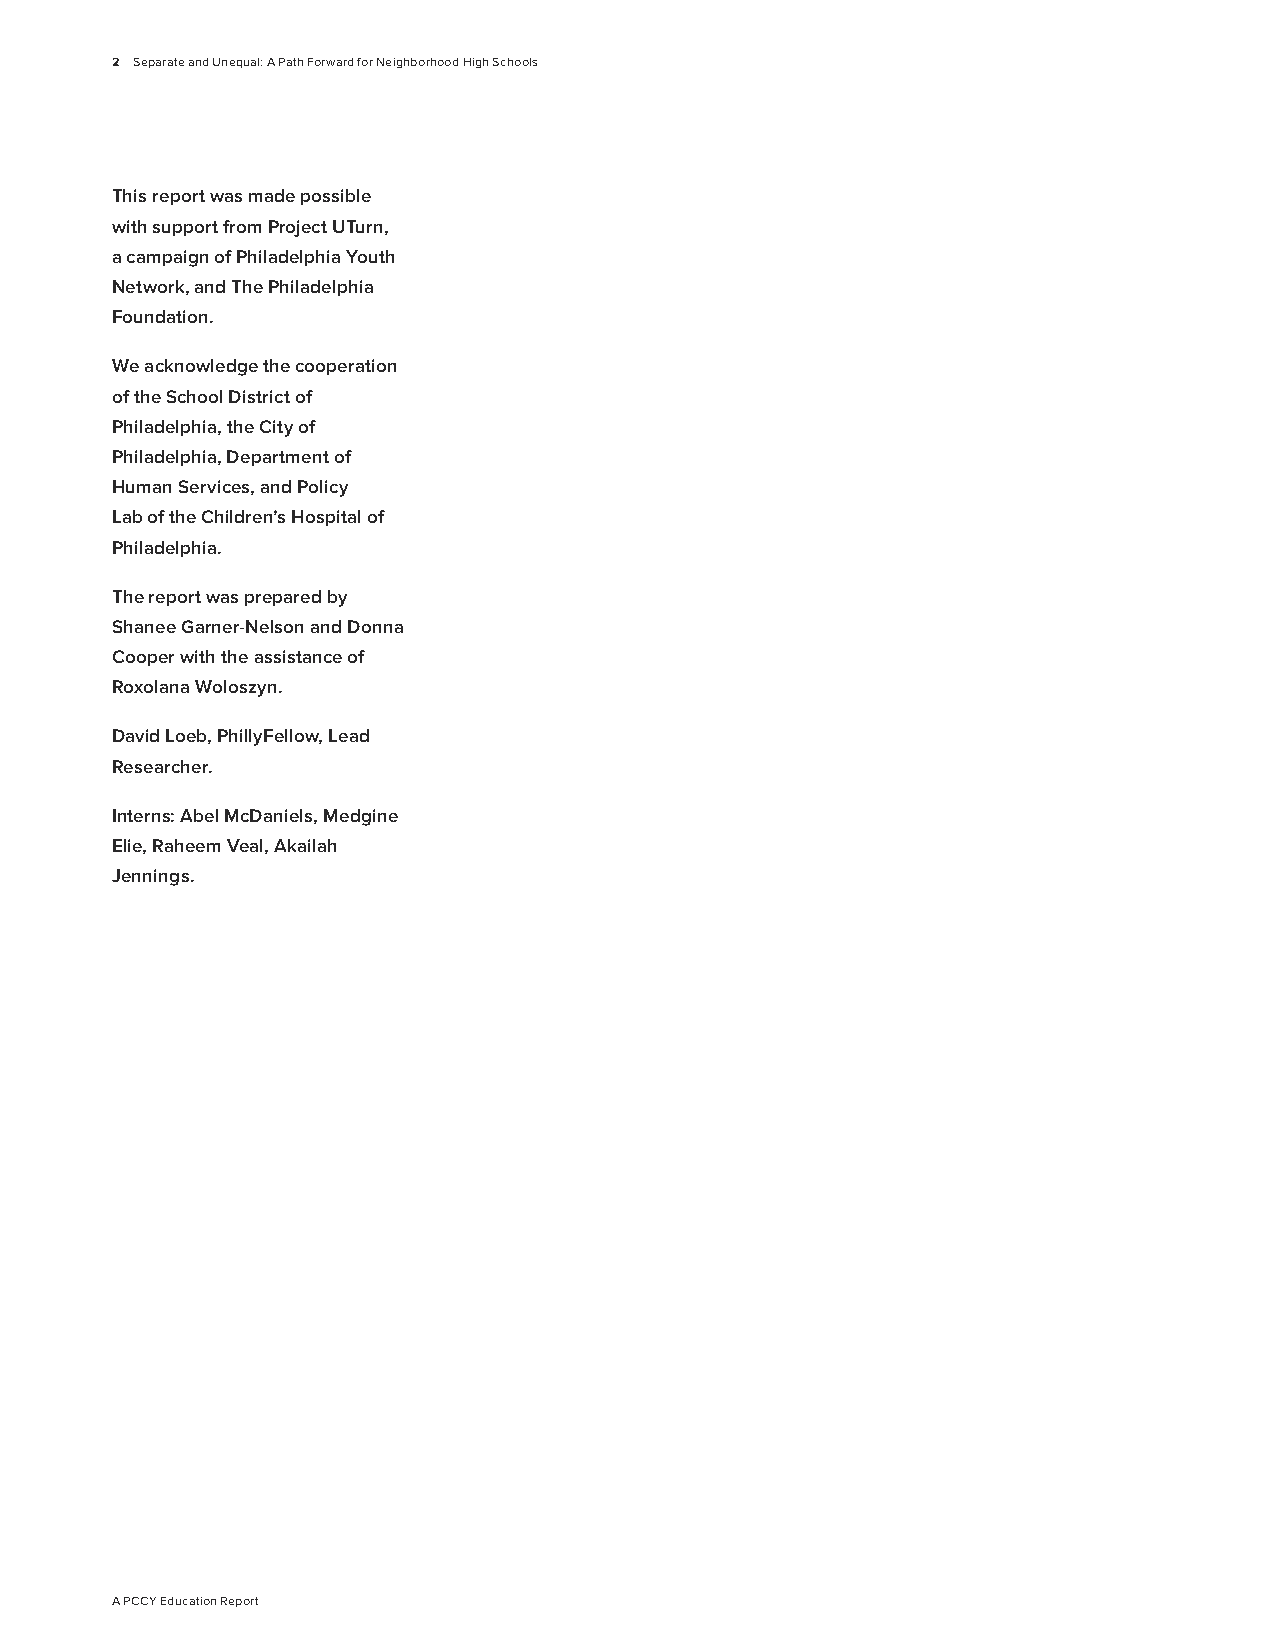
2 Separate and Unequal: A Path Forward for Neighborhood High Schools
 This report was made possible
 with support from Project UTurn,
 a campaign of Philadelphia Youth
 Network, and The Philadelphia
 Foundation.
 We acknowledge the cooperation
 of the School District of
 Philadelphia, the City of
 Philadelphia, Department of
 Human Services, and Policy
 Lab of the Children’s Hospital of
 Philadelphia.
 The report was prepared by
 Shanee Garner-Nelson and Donna
 Cooper with the assistance of
 Roxolana Woloszyn.
 David Loeb, PhillyFellow, Lead
 Researcher.
 Interns: Abel McDaniels, Medgine
 Elie, Raheem Veal, Akailah
 Jennings.
 A PCCY Education Report